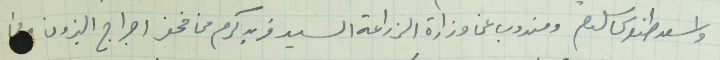
واسعد طنوس سلوم ومندوب عن وزارة الزراعة السيد فريد كرم من مخفر احراج البترون ومن